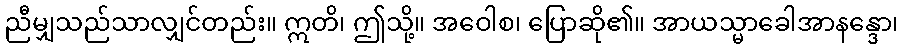
ညီမျှသည်သာလျှင်တည်း။ ဣတိ၊ ဤသို့။ အဝေါစ၊ ပြောဆို၏။ အာယသ္မာခေါအာနန္ဒော၊